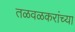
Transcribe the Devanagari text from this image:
तळवळकरांच्या